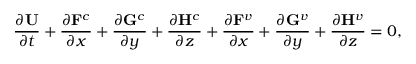
\centering \frac { \partial \mathbf { U } } { \partial t } + \frac { \partial \mathbf { F } ^ { c } } { \partial x } + \frac { \partial \mathbf { G } ^ { c } } { \partial y } + \frac { \partial \mathbf { H } ^ { c } } { \partial z } + \frac { \partial \mathbf { F } ^ { v } } { \partial x } + \frac { \partial \mathbf { G } ^ { v } } { \partial y } + \frac { \partial \mathbf { H } ^ { v } } { \partial z } = 0 ,